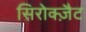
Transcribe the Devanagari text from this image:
सिरोक्ज़ैट